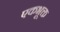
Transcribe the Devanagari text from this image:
एकभूक्त